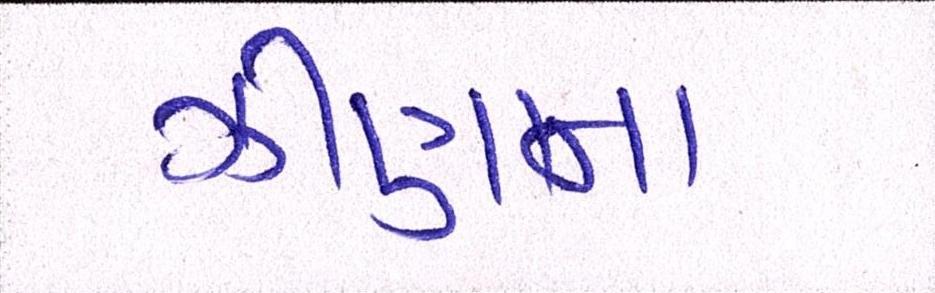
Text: ઝીણાના